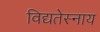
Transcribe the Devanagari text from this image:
विद्यतेस्नाय